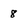
Character: 8